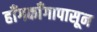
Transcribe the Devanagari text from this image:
हाँगकाँगापासून